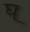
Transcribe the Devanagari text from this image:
घ्‌